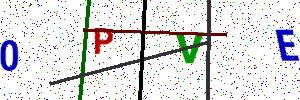
Text: 0PVE